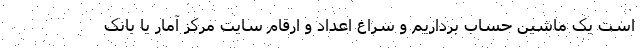
است یک ماشین حساب برداریم و سراغ اعداد و ارقام سایت مرکز آمار یا بانک